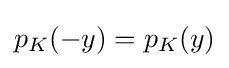
{\textstyle p_{K}(-y)=p_{K}(y)}